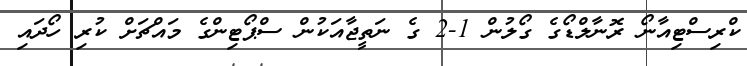
ކްރިސްޓިއާނޯ ރޮނާލްޑޯގެ ގޯލުން 1-2 ގެ ނަތީޖާއަކުން ސްޕޯޓިންގެ މައްޗަށް ކުރި ހޯދައި